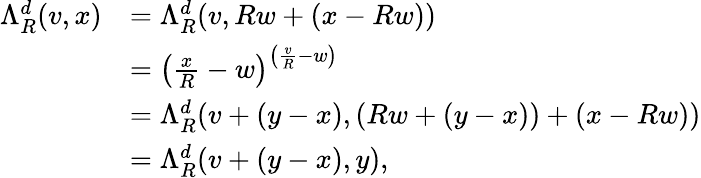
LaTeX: \begin{array}{rl}{\Lambda_{R}^{d}(v,x)}&{=\Lambda_{R}^{d}(v,Rw+(x-Rw))}\\ &{=\left(\frac xR-w\right)^{\left(\frac vR-w\right)}}\\ &{=\Lambda_{R}^{d}(v+(y-x),(Rw+(y-x))+(x-Rw))}\\ &{=\Lambda_{R}^{d}(v+(y-x),y),}\end{array}